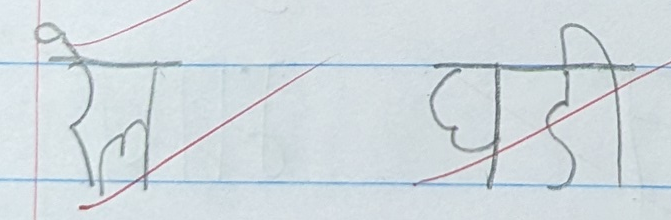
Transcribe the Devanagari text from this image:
रेल घड़ी